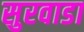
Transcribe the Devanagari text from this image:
सुरवाडा